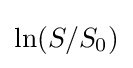
{\text{ln}}(S/S_{0})